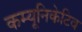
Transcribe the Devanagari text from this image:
कम्यूनिकेटिव